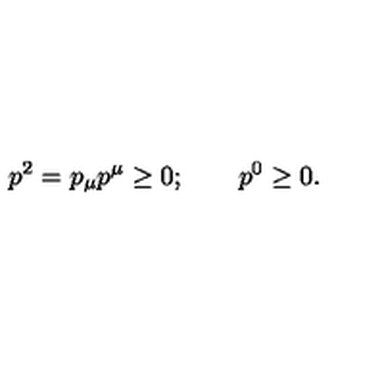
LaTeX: p ^ { 2 } = p _ { \mu } p ^ { \mu } \ge 0 ; \qquad p ^ { 0 } \ge 0 .